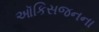
ઑકિસજનના